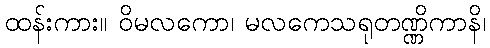
ထန်းကား။ ဝိမလကော၊ မလကေသရုတဏ္ဏိကာနိ၊